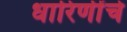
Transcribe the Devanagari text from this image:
धारिणींचे